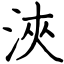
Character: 浹